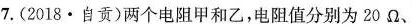
7.(2018·自贡)两个电阻甲和乙，电阻值分别为20Ω、